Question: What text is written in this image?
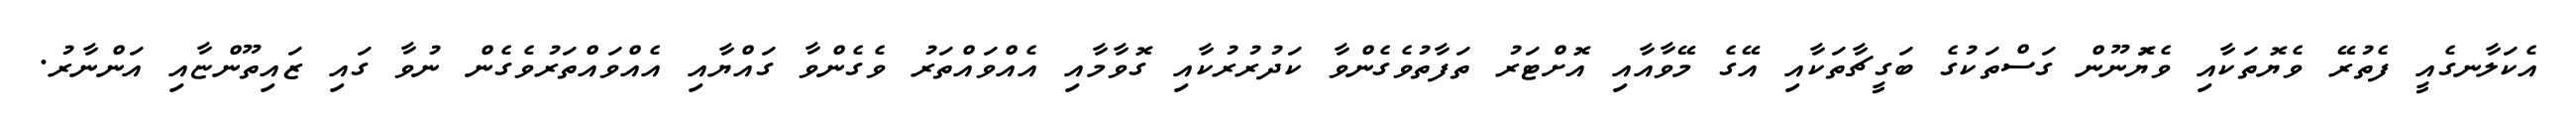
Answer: އެކަލާނގެއީ ފެތުރޭ ވެޔޮތަކާއި ވެޔޮަނޫން ގަސްތަކުގެ ބަގީޗާތަކާއި އޭގެ މޭވާއާއި އޮށްޓަރު ތަފާތުވެގެންވާ ކަދުރުރުކާއި ގޮވާމާއި އެއްވައްތަރު ވެގެންވާ ގައްޔާއި އެއްވައްތަރުވެގެން ނުވާ ގައި ޒައިތޫންޏާއި އަންނާރު.